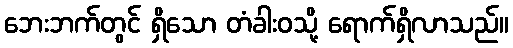
ဘေးဘက်တွင် ရှိသော တံခါးဝသို့ ရောက်ရှိလာသည်။